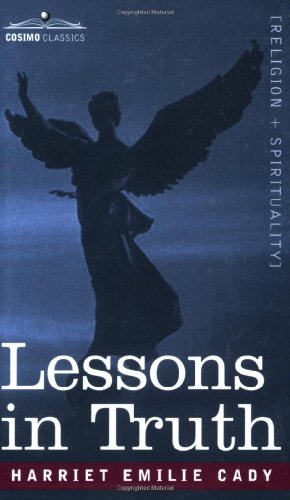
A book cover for Lessons in Truth; Harriet Emilie Cady; Religion & Spirituality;